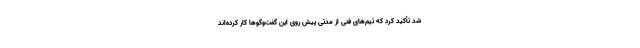
شد تأکید کرد که تیم‌های فنی از مدتی پیش روی این گفت‌وگوها کار کرده‌اند